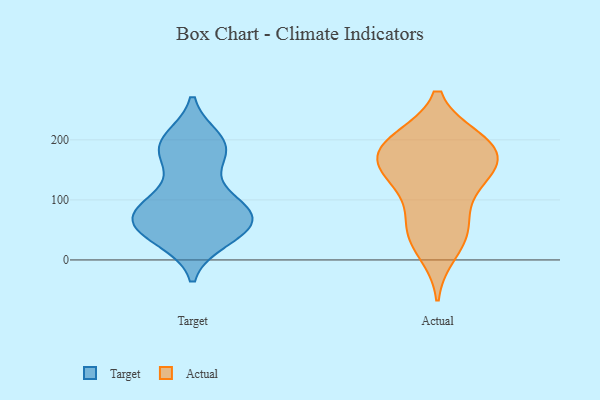
{"axis": {"x": "Demand Index", "y": "Value"}, "legend": ["Actual", "Target"], "data": [{"x": "", "y": 191, "type": "Target"}, {"x": "", "y": 84, "type": "Target"}, {"x": "", "y": 86, "type": "Target"}, {"x": "", "y": 39, "type": "Target"}, {"x": "", "y": 179, "type": "Target"}, {"x": "", "y": 200, "type": "Target"}, {"x": "", "y": 85, "type": "Target"}, {"x": "", "y": 171, "type": "Target"}, {"x": "", "y": 88, "type": "Target"}, {"x": "", "y": 68, "type": "Target"}, {"x": "", "y": 194, "type": "Target"}, {"x": "", "y": 54, "type": "Target"}, {"x": "", "y": 61, "type": "Target"}, {"x": "", "y": 35, "type": "Target"}, {"x": "", "y": 41, "type": "Target"}, {"x": "", "y": 190, "type": "Target"}, {"x": "", "y": 78, "type": "Target"}, {"x": "", "y": 58, "type": "Target"}, {"x": "", "y": 121, "type": "Target"}, {"x": "", "y": 45, "type": "Actual"}, {"x": "", "y": 48, "type": "Actual"}, {"x": "", "y": 197, "type": "Actual"}, {"x": "", "y": 157, "type": "Actual"}, {"x": "", "y": 194, "type": "Actual"}, {"x": "", "y": 13, "type": "Actual"}, {"x": "", "y": 200, "type": "Actual"}, {"x": "", "y": 158, "type": "Actual"}, {"x": "", "y": 197, "type": "Actual"}, {"x": "", "y": 63, "type": "Actual"}, {"x": "", "y": 159, "type": "Actual"}, {"x": "", "y": 118, "type": "Actual"}, {"x": "", "y": 125, "type": "Actual"}, {"x": "", "y": 165, "type": "Actual"}]}